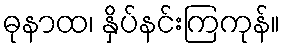
ဓုနာထ၊ နှိပ်နင်းကြကုန်။